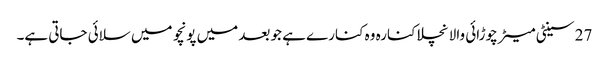
27 سینٹی میٹر چوڑائی والا نچلا کنارہ وہ کنارے ہے جو بعد میں پونچو میں سلائی جاتی ہے۔